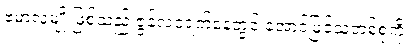
ဗမာလူမျိုးဖြစ်သည့် ဇွန်လ၁ရက်နေ့တွင် အောင်မြင်သူတစ်စုကို